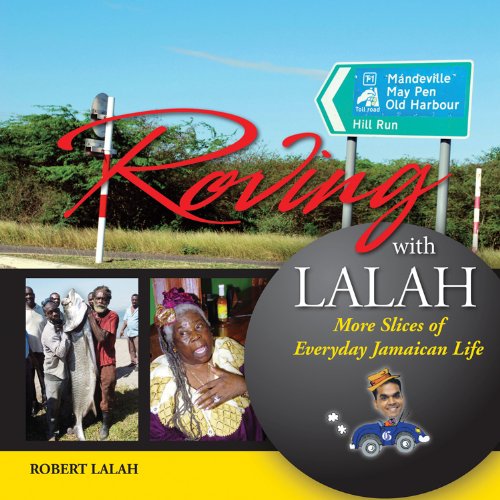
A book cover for Roving With Lalah: More Slices of Everyday Jamaican Life; Robert Lalah; Travel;